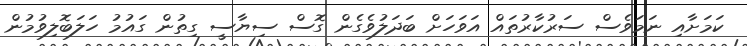
ކަމަށާއި ނަމަވެސް ސަރުކާރުތައް އަވަހަށް ބަދަލުވެގެން ގޮސް ސިޔާސީ ގިތުން ގައުމު ހަލަބޮލިވުމުން